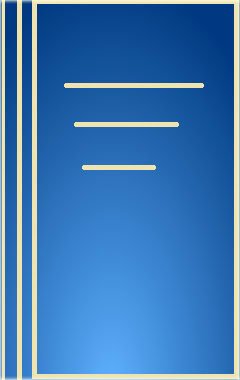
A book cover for Strength of Inorganic Glass (NATO Conference Series); Science & Math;